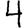
Digit: 4